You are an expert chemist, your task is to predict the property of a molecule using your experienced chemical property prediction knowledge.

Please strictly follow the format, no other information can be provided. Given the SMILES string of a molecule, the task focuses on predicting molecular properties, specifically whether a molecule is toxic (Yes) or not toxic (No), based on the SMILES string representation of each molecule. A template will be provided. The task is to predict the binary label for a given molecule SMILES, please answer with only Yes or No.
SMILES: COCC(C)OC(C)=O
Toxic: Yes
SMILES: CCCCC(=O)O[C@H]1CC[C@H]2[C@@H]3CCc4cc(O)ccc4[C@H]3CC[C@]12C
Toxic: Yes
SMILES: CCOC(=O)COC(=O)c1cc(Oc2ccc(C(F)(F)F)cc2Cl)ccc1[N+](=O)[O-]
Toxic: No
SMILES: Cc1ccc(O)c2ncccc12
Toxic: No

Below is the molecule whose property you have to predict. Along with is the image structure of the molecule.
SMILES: CN(C)C(=O)Nc1cccc(OC(=O)NC(C)(C)C)c1
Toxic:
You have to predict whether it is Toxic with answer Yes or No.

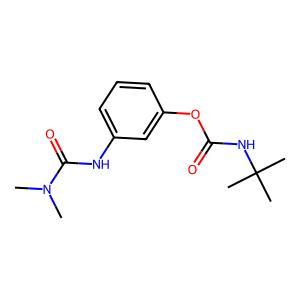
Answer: No